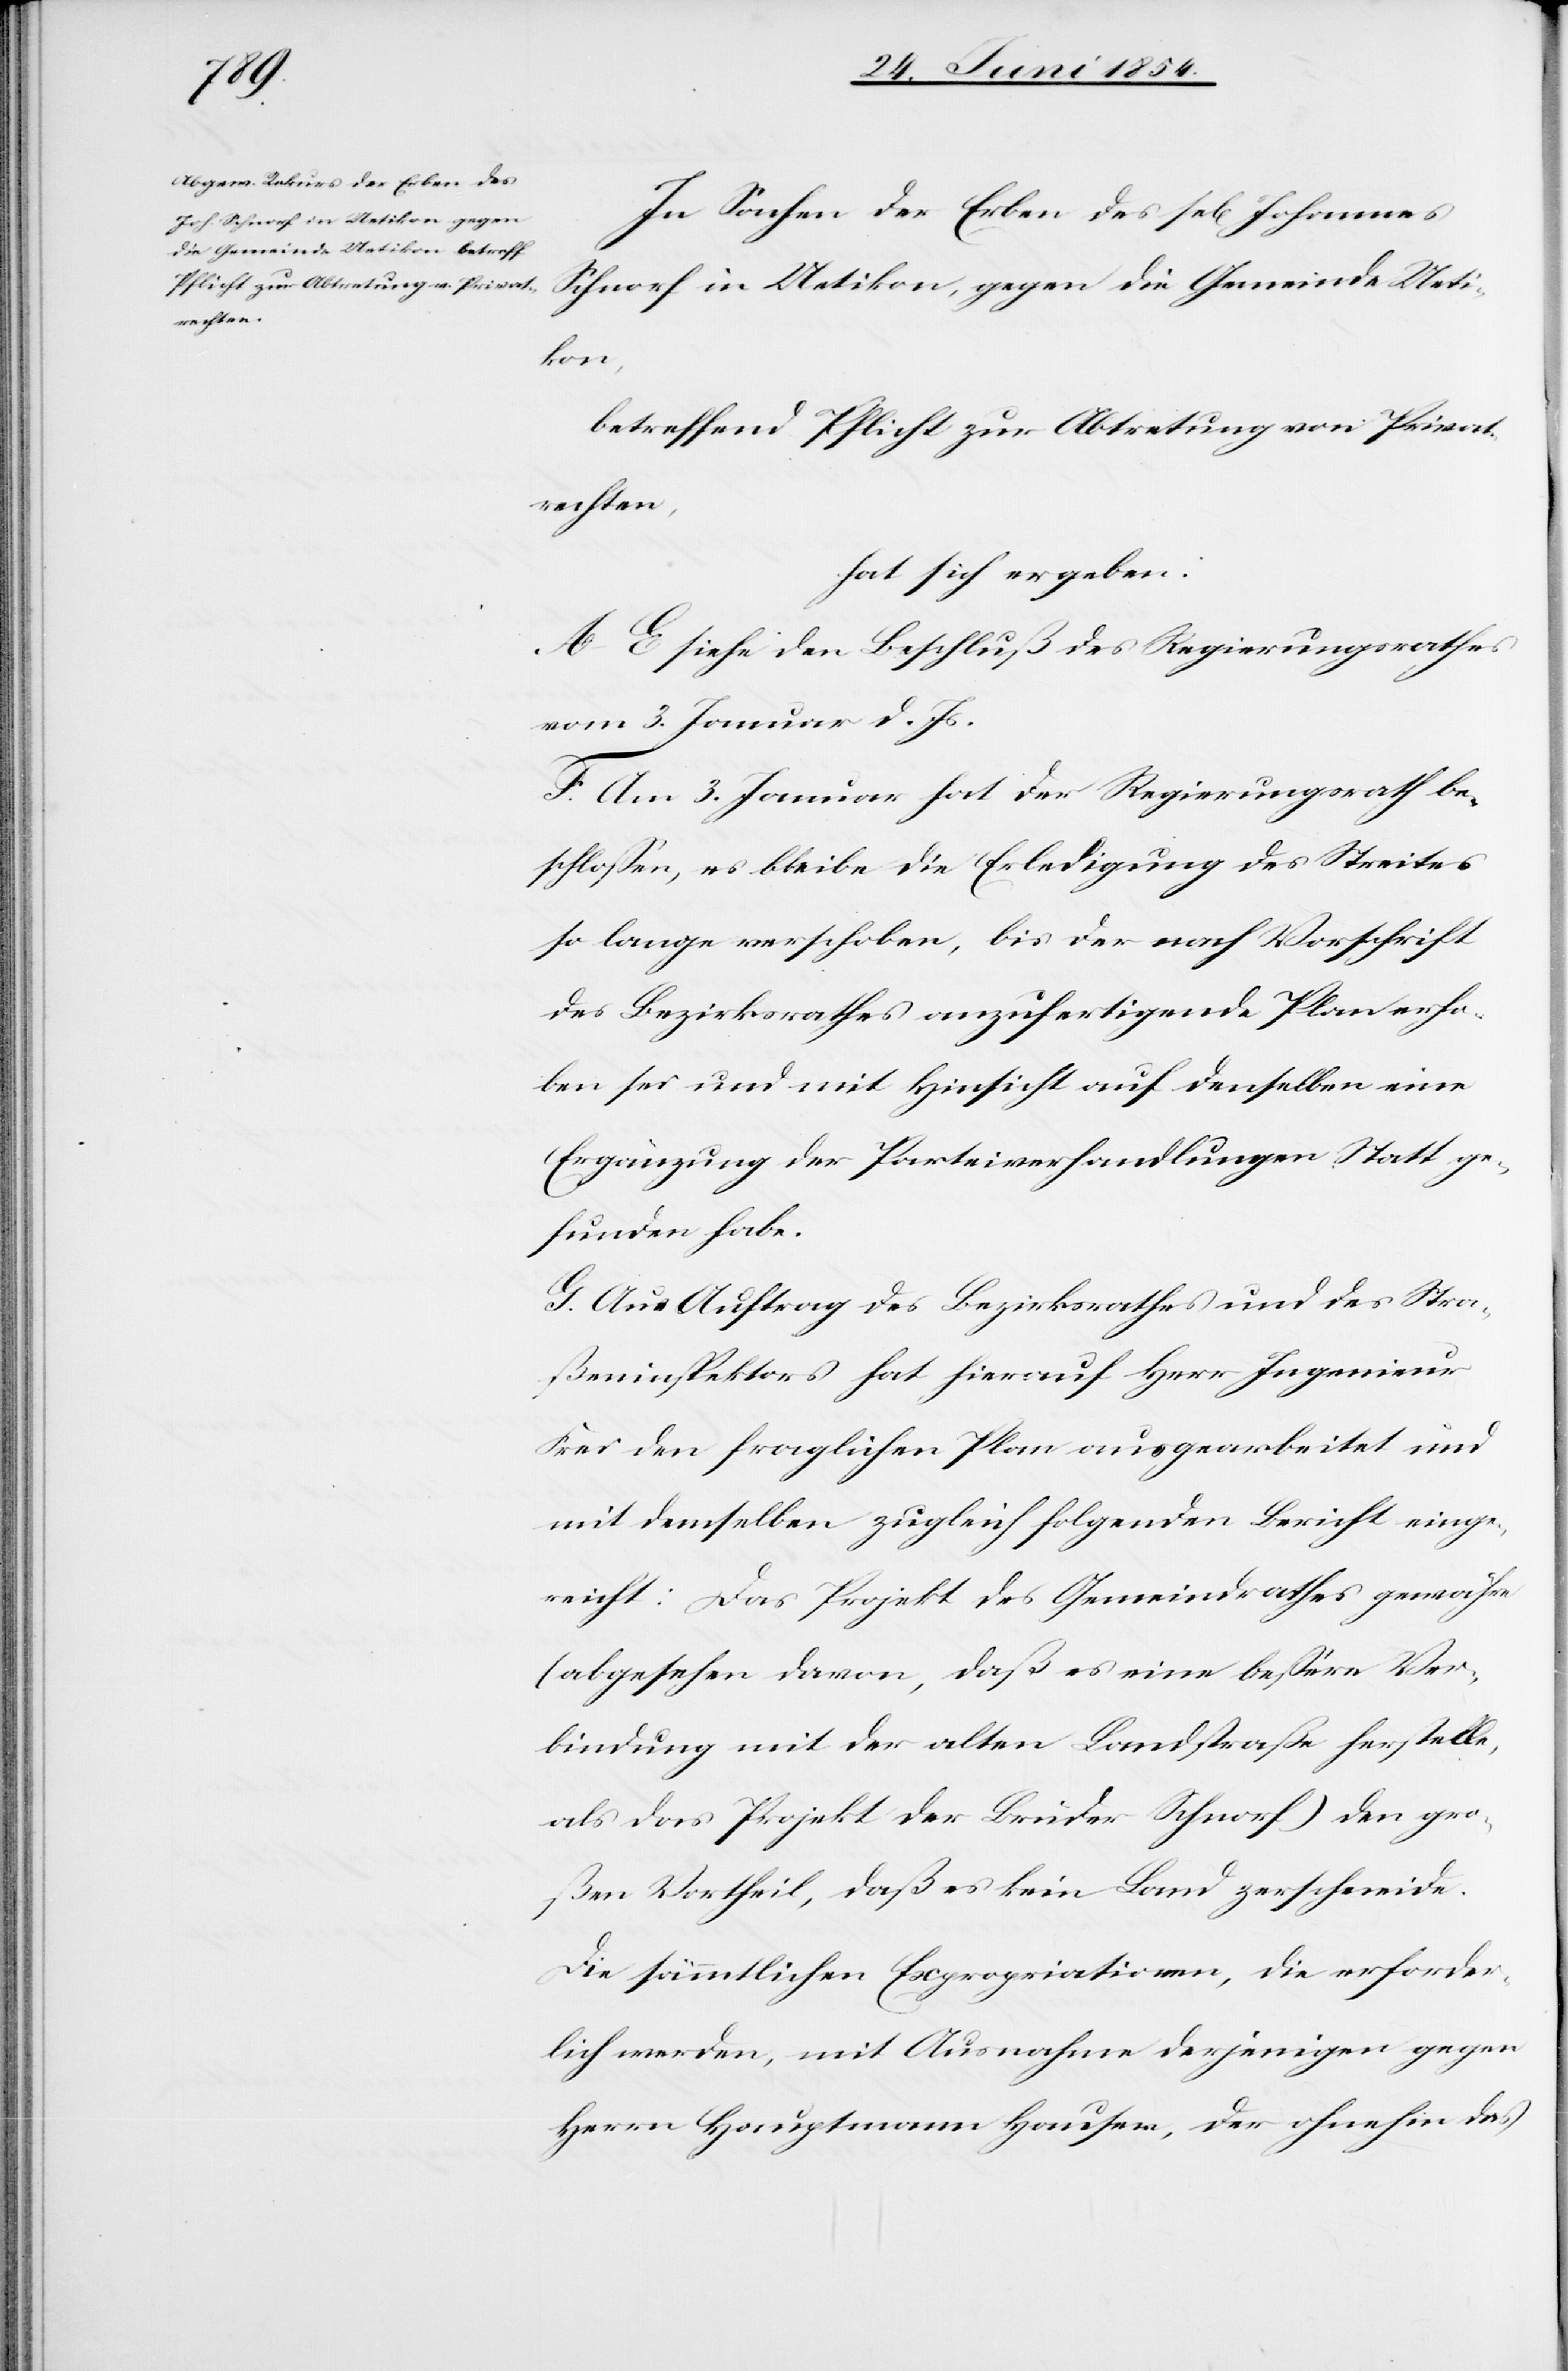
In Sachen der Erben des sel. Johannes
Schnorf in Uetikon, gegen die Gemeinde Ueti¬
kon,
betreffend Pflicht zur Abtretung von Privat¬
rechten,
hat sich ergeben:
A.–E. siehe den Beschluß des Regierungsrathes
vom 3. Januar d. Js.
F. Am 3. Januar hat der Regierungsrath be¬
schloßen, es bleibe die Erledigung des Streites
so lange verschoben, bis der nach Vorschrift
des Bezirksrathes anzufertigende Plan erho¬
ben sei und mit Hinsicht auf denselben eine
Ergänzung der Parteiverhandlungen Statt ge¬
funden habe.
G. Aus Auftrag des Bezirksrathes und des Stra¬
ßeninspektors hat hierauf Herr Ingenieur
Frei den fraglichen Plan ausgearbeitet und
mit demselben zugleich folgenden Bericht einge¬
reicht: Das Projekt des Gemeindrathes gewähre
(abgesehen davon, daß es eine beßere Ver¬
bindung mit der alten Landstraß herstelle,
als das Projekt der Brüder Schnorf) den gro¬
ßen Vortheil, daß es kein Land zerschneide.
Die sämmtlichen Expropriationen, die erforder¬
lich werden, mit Ausnahme derjenigen gegen
Herrn Hauptmann Hauser, der ohnehin das